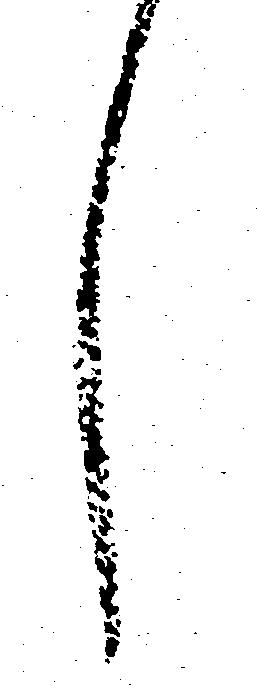
し